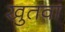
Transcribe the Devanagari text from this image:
खुतवा